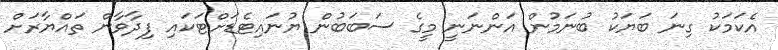
އެކަމަކު ގިނަ ބަޔަކު ބުނަމުން އަންނަނީ މީގެ ސަބަބުން ޔުނައިޓެޑަށްޓަކައި ފިދާވާން ތައްޔާރަށް